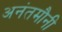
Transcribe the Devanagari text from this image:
अनंतमौनी